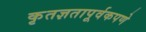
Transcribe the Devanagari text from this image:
कृतज्ञतापूर्वकपणे